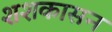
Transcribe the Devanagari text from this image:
शशकासन